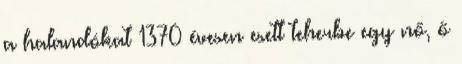
a halandókat 1370 évesen esett teherbe egy nő, ő